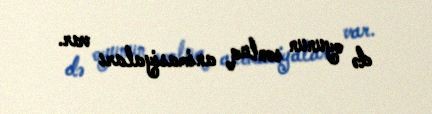
də oyunun sonluq animasiyaları var.